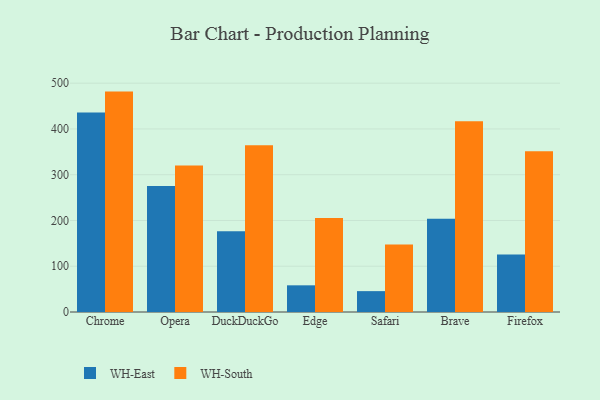
{"axis": {"x": "Browser", "y": "Backlog"}, "legend": ["WH-East", "WH-South"], "data": [{"x": "Chrome", "y": 436.2, "type": "WH-East"}, {"x": "Chrome", "y": 481.6, "type": "WH-South"}, {"x": "Opera", "y": 275.1, "type": "WH-East"}, {"x": "Opera", "y": 320.3, "type": "WH-South"}, {"x": "DuckDuckGo", "y": 176.5, "type": "WH-East"}, {"x": "DuckDuckGo", "y": 364.6, "type": "WH-South"}, {"x": "Edge", "y": 58.3, "type": "WH-East"}, {"x": "Edge", "y": 205.6, "type": "WH-South"}, {"x": "Safari", "y": 45.6, "type": "WH-East"}, {"x": "Safari", "y": 147.7, "type": "WH-South"}, {"x": "Brave", "y": 204.0, "type": "WH-East"}, {"x": "Brave", "y": 416.9, "type": "WH-South"}, {"x": "Firefox", "y": 125.6, "type": "WH-East"}, {"x": "Firefox", "y": 351.4, "type": "WH-South"}]}